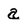
Character: a